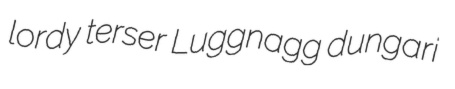
lordy terser Luggnagg dungari